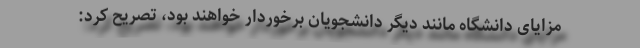
مزایای دانشگاه مانند دیگر دانشجویان برخوردار خواهند بود، تصریح کرد: